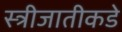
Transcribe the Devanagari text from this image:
स्त्रीजातीकडे